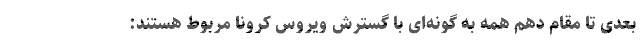
بعدی تا مقام دهم همه به گونه‌ای با گسترش ویروس کرونا مربوط هستند: